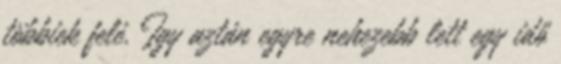
többiek felé. Így aztán egyre nehezebb lett egy idő